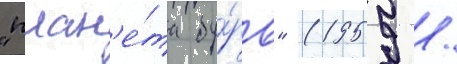
"план'е́та бу́рь" (1959 /